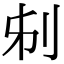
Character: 𠛔